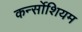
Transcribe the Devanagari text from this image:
कर्न्सोशियम